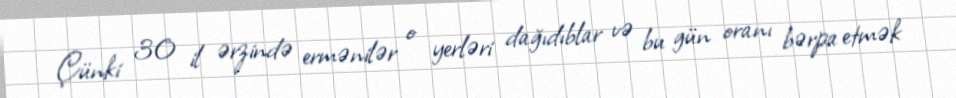
Çünki 30 il ərzində ermənilər o yerləri dağıdıblar və bu gün oranı bərpa etmək